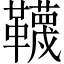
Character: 韈